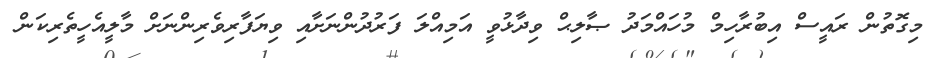
މިގޮތުން ރައީސް އިބުރާހިމް މުހައްމަދު ޞާލިޙް ވިދާޅުވީ އަމިއްލަ ފަރުދުންނަށާއި ވިޔަފާރިވެރިންނަށް މާލީއެހީތެރިކަން